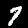
Label: 7